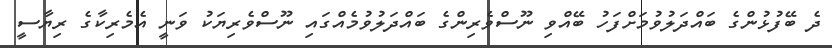
ދެ ބޭފުޅުންގެ ބައްދަލުވުމަށްފަހު ބޭއްވި ނޫސްވެރިންގެ ބައްދަލުވުމެއްގައި ނޫސްވެރިޔަކު ވަނީ އެމެރިކާގެ ރިޔާސީ